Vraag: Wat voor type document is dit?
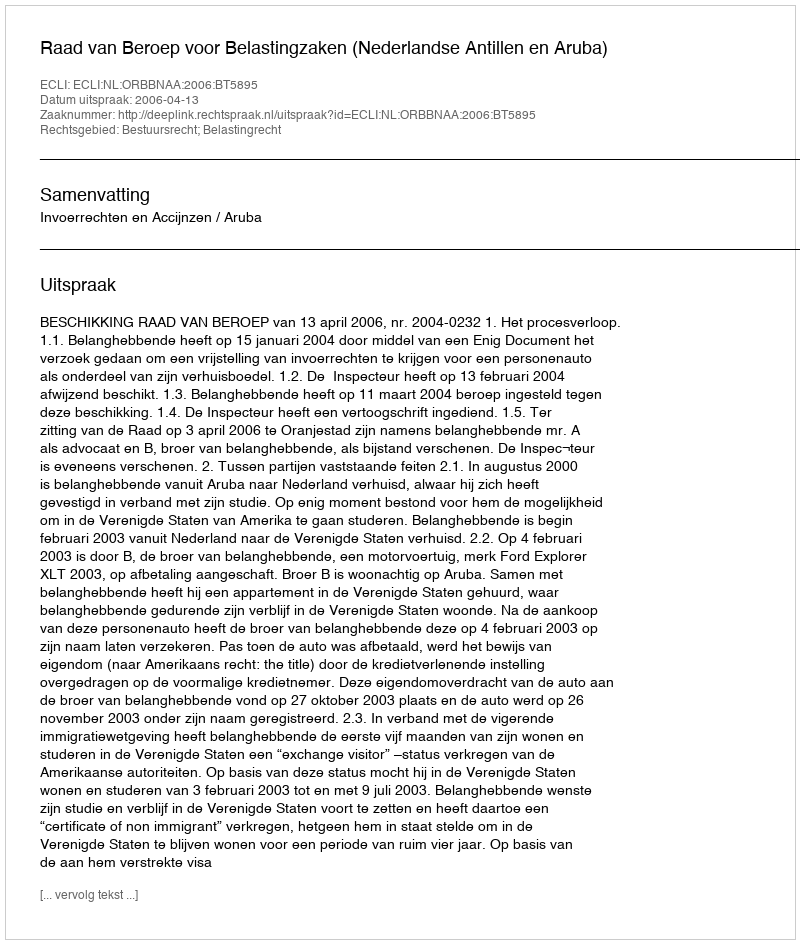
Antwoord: Uitspraak